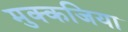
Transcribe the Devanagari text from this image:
मुक्कजिया